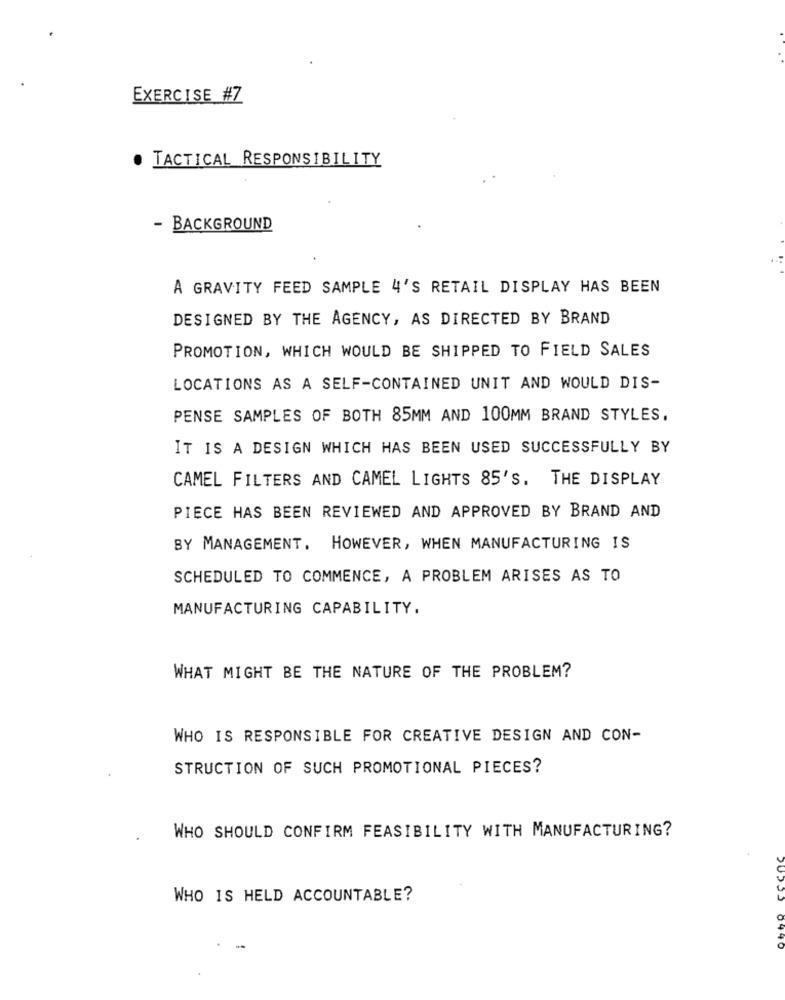
EXERCISE #7
TACTICAL RESPONSIBILITY
. BACKGROUND
A GRAVITY FEED SAMPLE 4'S RETAIL DISPLAY HAS BEEN
DESIGNED BY THE AGENCY, AS DIRECTED BY BRAND
PROMOTION, WHICH WOULD BE SHIPPED TO FIELD SALES
LOCATIONS AS A SELF-CONTAINED UNIT AND WOULD DIS-
PENSE SAMPLES OF BOTH 85MM AND 100MM BRAND STYLES.
IT IS A DESIGN WHICH HAS BEEN USED SUCCESSFULLY BY
CAMEL FILTERS AND CAMEL LIGHTS 85'S. THE DISPLAY
PIECE HAS BEEN REVIEWED AND APPROVED BY BRAND AND
BY MANAGEMENT. HOWEVER, WHEN MANUFACTURING IS
SCHEDULED TO COMMENCE, A PROBLEM ARISES AS TO
MANUFACTURING CAPABILITY.
WHAT MIGHT BE THE NATURE OF THE PROBLEM?
WHO IS RESPONSIBLE FOR CREATIVE DESIGN AND CON-
STRUCTION OF SUCH PROMOTIONAL PIECES?
WHO SHOULD CONFIRM FEASIBILITY WITH MANUFACTURING?
WHO IS HELD ACCOUNTABLE?
0440